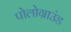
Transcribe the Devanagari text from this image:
पोलोग्राउंड